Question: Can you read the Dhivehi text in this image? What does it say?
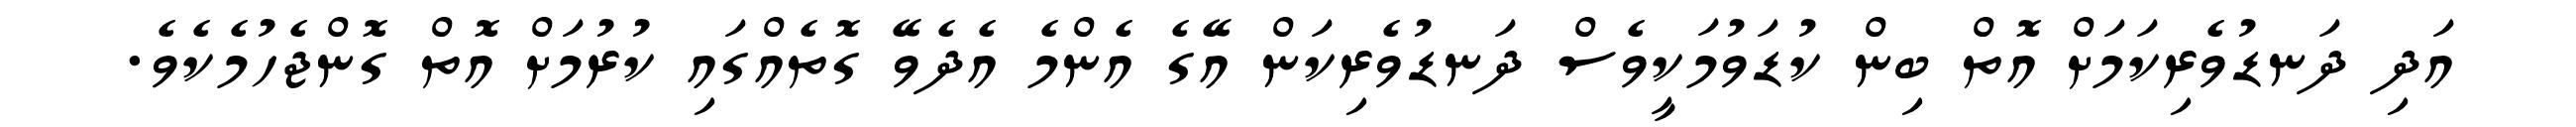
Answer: އަދި ދަނޑުވެރިކަމަށް އޮތް ބިން ކުޑަވުމަކީވެސް ދަނޑުވެރިކަން އޭގެ އެންމެ އެދެވޭ ގޮތެއްގައި ކުރުމަށް އޮތް ގޮންޖެހުމެކެވެ.